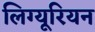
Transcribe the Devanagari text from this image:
लिग्यूरियन